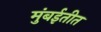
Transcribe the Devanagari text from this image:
मुंबईतीत